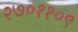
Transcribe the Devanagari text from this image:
२७०११०९